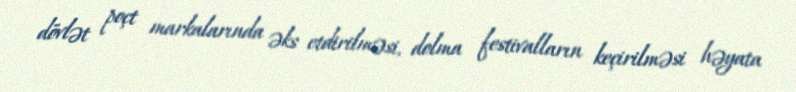
dövlət poçt markalarında əks etdirilməsi, dolma festivalların keçirilməsi həyata